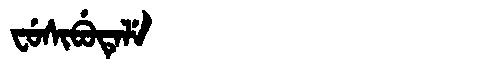
Manchu: ᠸᡠᠰᡳᠪᡠᡨᡝᠯᡝ
Romanization: FUSIBUTELE